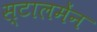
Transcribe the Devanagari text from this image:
स्टालमेंन